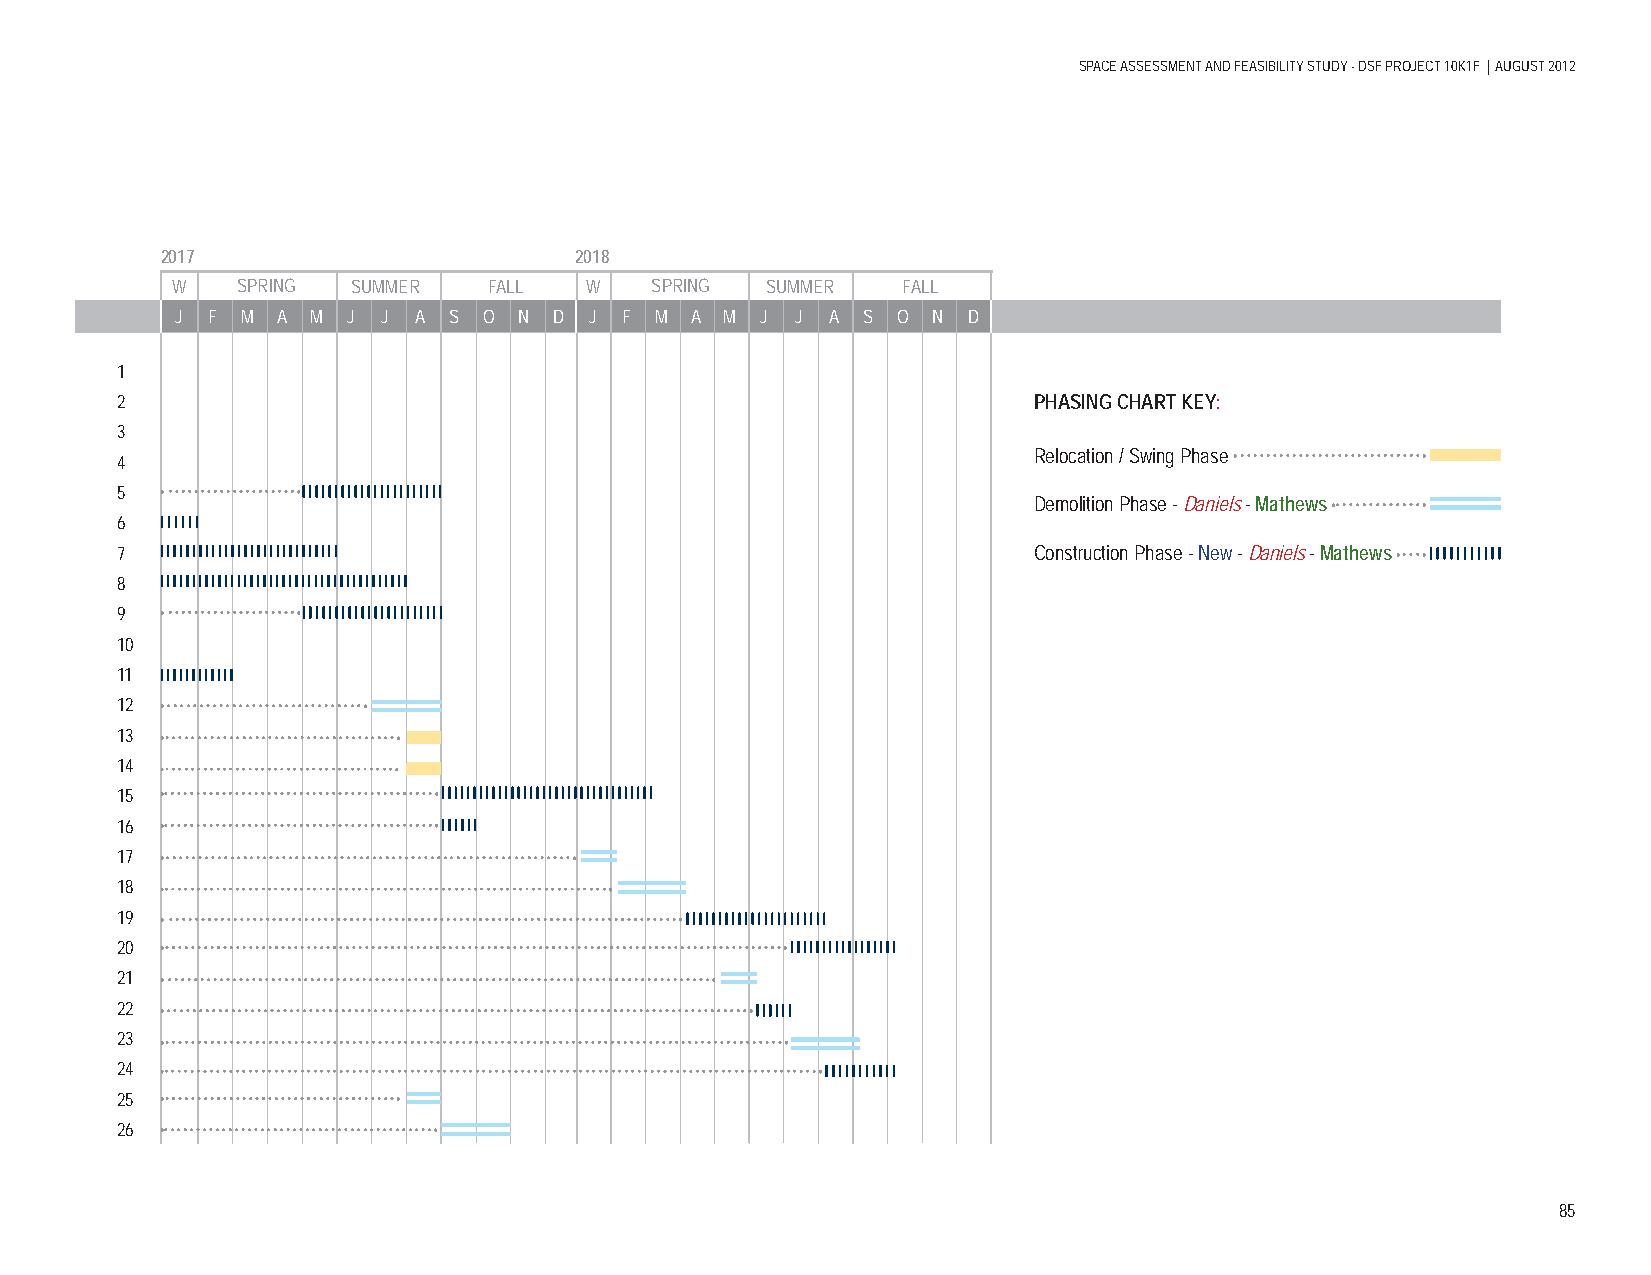
SPACE ASSESSMENT AND FEASIBILITY STUDY - DSF PROJECT 10K1F | AUGUST 2012
 2017                       2018
 W    SPRING SUMMER   FALL   W   SPRING  SUMMER   FALL
 J F M A  M J J  A S O N  D J F M  A M J  J A S O  N D
 1
 2                                                           PHASING CHART KEY:
 3
 Relocation / Swing Phase
 4
 5
 Demolition Phase - Daniels - Mathews
 6
 7                                                           Construction Phase - New - Daniels - Mathews
 8
 9
 10
 11
 12
 13
 14
 15
 16
 17
 18
 19
 20
 21
 22
 23
 24
 25
 26
 85